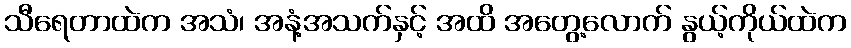
သီရေတာထဲက အသံ၊ အနံ့အသက်နှင့် အထိ အတွေ့လောက် နွယ့်ကိုယ်ထဲက